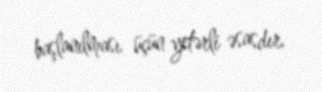
başlanılması üçün yetərli əsasdır.